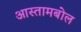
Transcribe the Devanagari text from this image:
आस्तामबोल